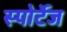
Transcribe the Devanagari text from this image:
स्पोर्टेज